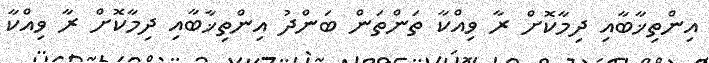
އިންތިޚާބާއި ދިމާކޮށް ރާ ވިއްކާ ތަންތަން ބަންދު އިންތިޚާބާއި ދިމާކޮށް ރާ ވިއްކާ